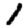
Digit: 1